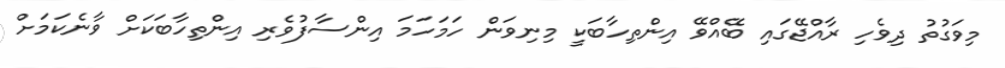
މިވަގުތު ދިވެހި ރާއްޖޭގައި ބޭއްވޭ އިންތިހާބަކީ މިނިވަން ހަމަހަމަ އިންސާފުވެރި އިންތިހާބަކަށް ވާނެކަމަށް